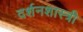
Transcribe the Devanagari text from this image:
दर्शनशास्‍त्री